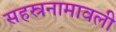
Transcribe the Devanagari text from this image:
सहस्रनामावली